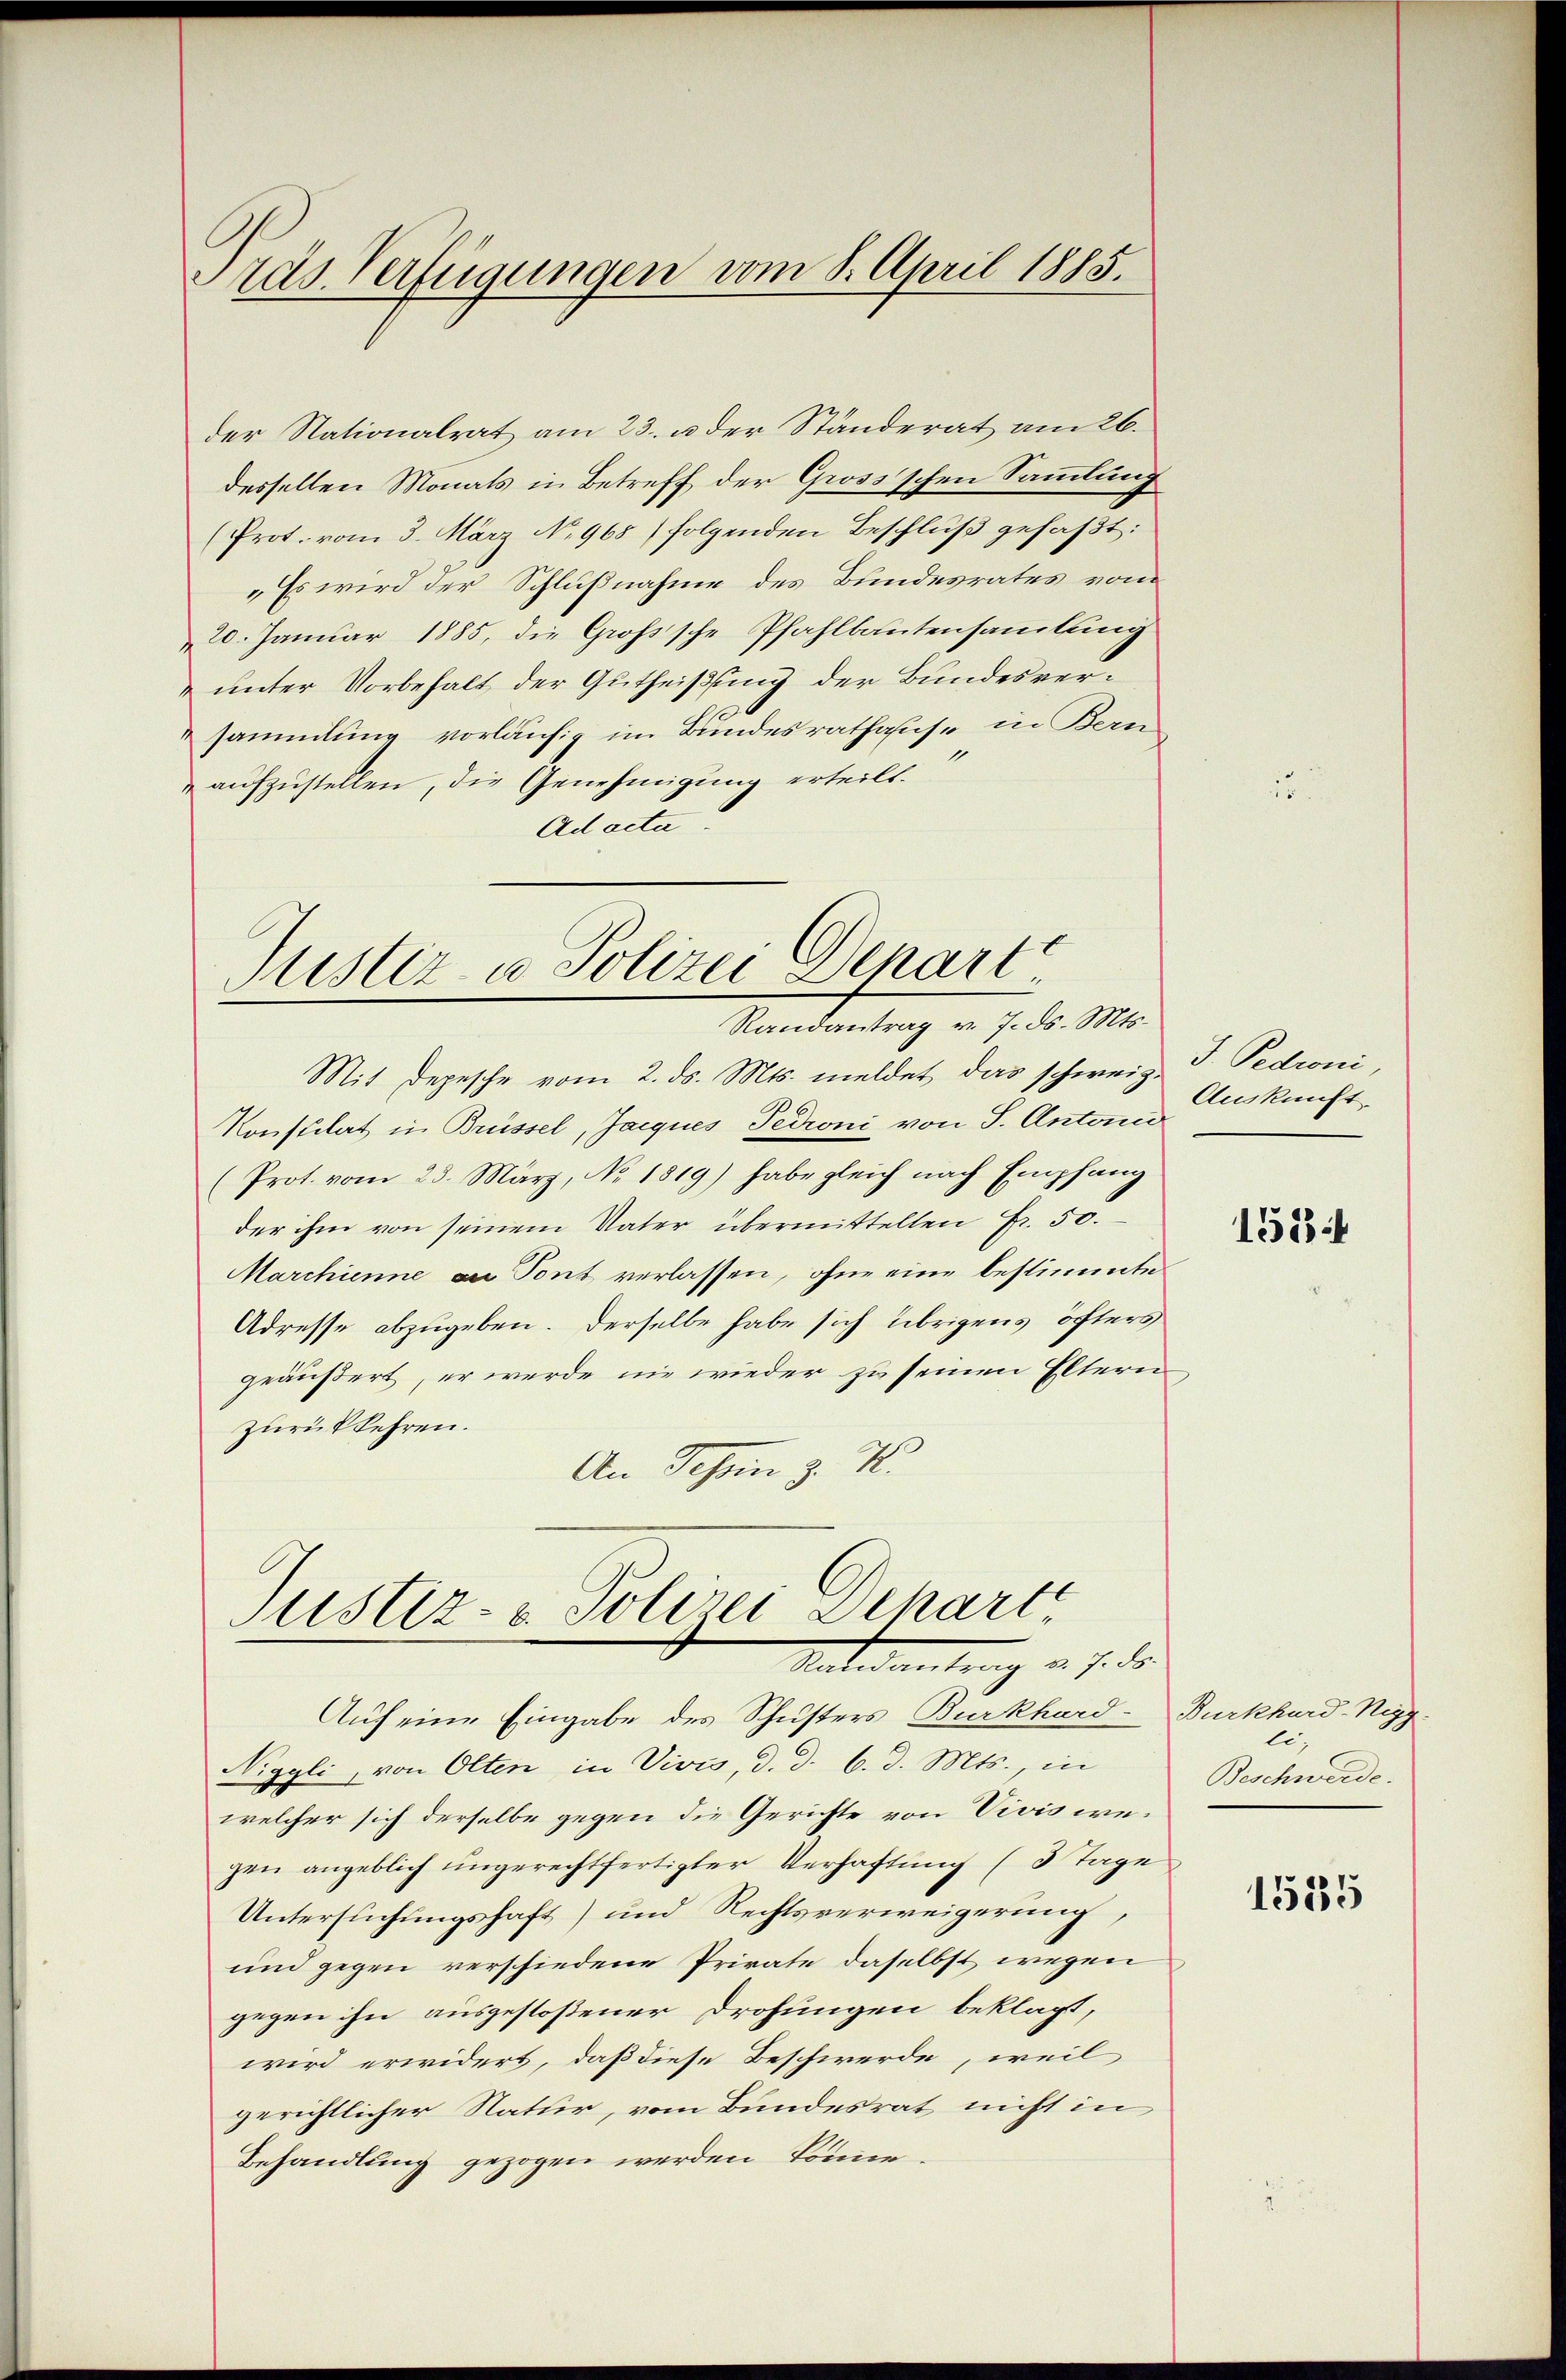
Präs. Verfügungen vom 8. April 1885.

der Nationalrat am 23. u. der Ständerat am 26.
desselben Monats in Betreff der Gross’schen Sammlung
(Prot. vom 3. März No. 968) folgenden Beschluß gefaßt:
„Es wird der Schlußnahme des Bundesrates vom
20. Januar 1885, die Großsche Pfahlbautensammlung
unter Vorbehalt der Gutheißung der Bundesversammlung vorläufig im Bundesrathause in Bern
aufzustellen, die Genehmigung erteilt.
Ad acta.

Justiz- u Polizei Depart
Randantrag v. 7. ds. Mts.

Mit Depesche vom 2. ds. Mts. meldet, das schweiz. T. Pedroni,
Konsulat in Brüssel, Jacques Pedroni von S. Anton
(Prot. vom 23. März, No. 1819) habe gleich nach Empfang
der ihm von seinem Vater übermittelten Fr. 50.
Marchienne der Tont verlassen, ohne eine bestimmte
Adresse abzugeben. Derselbe habe sich übrigens öfters
geäußert, er werde nie wieder zu seinen Eltern
zurückkehren.
An Schen z. T.

Justiz- & Polizei Schart
Antantung v. J. de

Auf eine Eingabe des Schusters Burkhard-
Niggli, von Olten in Vivis, d. d. 6. d. Mts., in
welcher sich derselbe gegen die Gerichte von Vivis wegen angeblich ungerechtfertigter Verhaftung (3 Tage
Untersuchungshaft) und Rechtsverweigerung,
und gegen verschiedene Private daselbst wegen
gegen ihn ausgestoßener Drohungen beklagt,
wird erwidert, daß diese Beschwerde, weil
gerichtlicher Natur, vom Bundesrat nicht in
Behandlung gezogen werden könne.

Auskunft.

151

Burkhard-Nigg
li,
Beschwerde.

1585